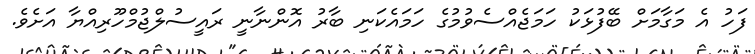
ފަހު އެ މަގާމަށް ބޭފުޅަކު ހަމަޖެއްސެވުމުގެ ހަމައެކަނި ބާރު އޮންނާނީ ރައީސުލްޖުމްހޫރިއްޔާ އަށެވެ.